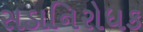
સડાનિરોધક